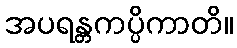
အပရန္တကပ္ပိကာတိ။